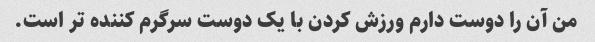
من آن را دوست دارم ورزش کردن با یک دوست سرگرم کننده تر است.